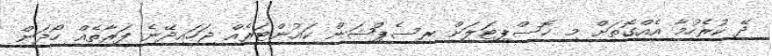
ދޭ ކުރެހުމާ އެއްގޮތަށް މި ހޮސްޕިޓަލަށް ރިސެޕްޝަން ކައުންޓަރެއް ޖަހައިދޭނެ ފަރާތެއް ހޯދަން